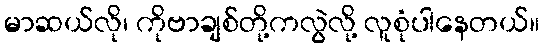
မာဆယ်လို၊ ကိုဗာချစ်တို့ကလွဲလို့ လူစုံပါနေတယ်။